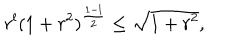
LaTeX: r ^ { l } ( 1 + r ^ { 2 } ) ^ { { \frac { 1 - l } { 2 } } } \leq \sqrt { 1 + r ^ { 2 } } ,